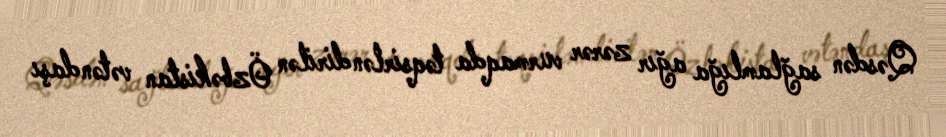
Qəsdən sağlamlığa ağır zərər vurmaqda təqsirləndirilən Özbəkistan vətəndaşı